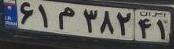
۶۱م۳۸۲۴۱